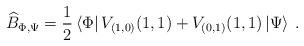
LaTeX: \begin{align*}\widehat{B}_{\Phi ,\Psi }=\displaystyle\frac{1}{2}\left\langle \Phi \right| V_{(1,0)}(1,1)+V_{(0,1)}(1,1)\left| \Psi \right\rangle \: .\end{align*}